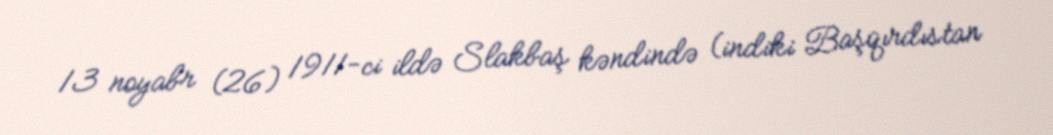
13 noyabr (26) 1911-ci ildə Slakbaş kəndində (indiki Başqırdıstan